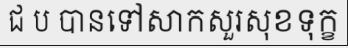
ជ ប បានទៅសាកសួរសុខទុក្ខ